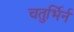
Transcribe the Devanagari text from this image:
चतुर्भिर्न